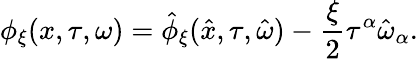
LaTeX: \phi_{\xi}(x,\tau,\omega)=\hat{\phi}_{\xi}(\hat{x},\tau,\hat{\omega})-\frac{\xi}{2}\tau^{\alpha}\hat{\omega}_{\alpha}.